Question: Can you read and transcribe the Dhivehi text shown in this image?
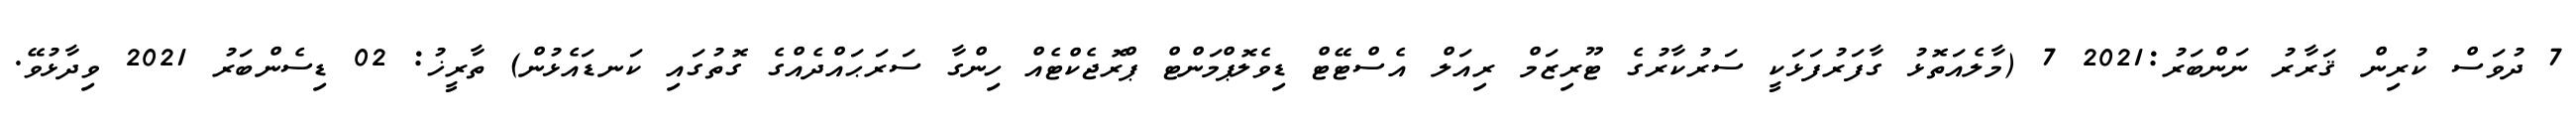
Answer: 7 ދުވަސް ކުރިން ޤަރާރު ނަންބަރު:2021 7 (މާލެއަތޮޅު ގާފަރުފަޅަކީ ސަރުކާރުގެ ޓޫރިޒަމް ރިއަލް އެސްޓޭޓް ޑިވެލޮޕްމަންޓް ޕްރޮޖެކްޓެއް ހިންގާ ސަރަޙައްދެއްގެ ގޮތުގައި ކަނޑައެޅުން) ތާރީޚު: 02 ޑިސެންބަރު 2021 ވިދާޅުވޭ.